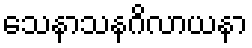
သေနာသနဂိလာယနာ